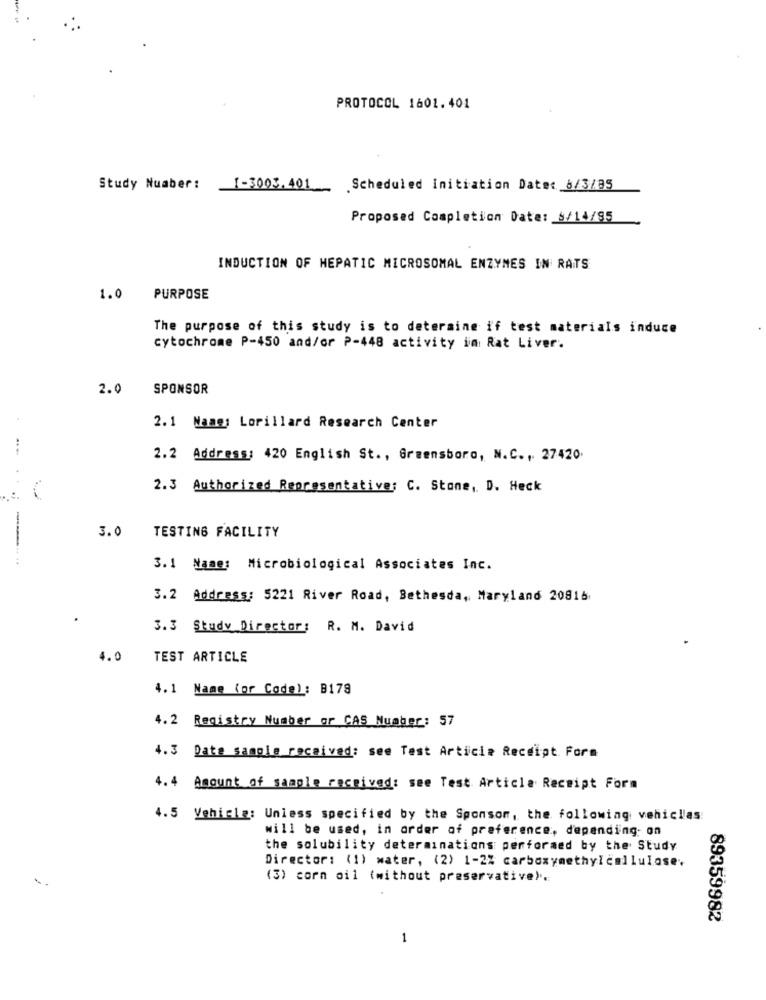
PROTOCOL 1601.401
Study Nuaber:
1-3003.401
Scheduled Initiation Date: 8/3/85
Proposed Completion Date: 8/14/95
INDUCTION OF HEPATIC MICROSOMAL ENZYMES IN RATS
1.0
PURPOSE
The purpose of this study is to determine if test materials induce
cytochrome P-450 and/or P-448 activity in Rat Liver.
2.0
SPONSOR
2.1 Naag: Lorillard Research Center
2.2 Address: 420 English St ., Greensboro, N.C. , 27420.
2.3 Authorized Representative: C. Stone, D. Heck
-
3.0
TESTING FACILITY
3.1 Name: Microbiological Associates Inc.
3.2 Address: 5221 River Road, Bethesda, Maryland 20816
3.3 Study Director: R. M. David
4.0
TEST ARTICLE
4.1 Name (or Code): B179
4. 2 Registry Number or CAS Number: 57
4.3 Date sample received: see Test Article Receipt Form
4.4
Amount of sample received: see Test Article Receipt Form
4. 5 Vehicle: Unless specified by the Sponsor, the following vehicles
will be used, in order of preference, depending on
the solubility determinations performed by the Study
Director: (1) water, (2) 1-2% carboxymethylcellulose.
(3) corn oil (without preservative).
89359982
1